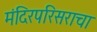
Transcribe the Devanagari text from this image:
मंदिरपरिसराचा